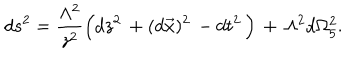
d s ^ { 2 } = \frac { \Lambda ^ { 2 } } { z ^ { 2 } } \Big ( d z ^ { 2 } \, + ( d \vec { x } ) ^ { 2 } \, - d t ^ { 2 } \, \Big ) \, + \, \Lambda ^ { 2 } d \Omega _ { 5 } ^ { 2 } .